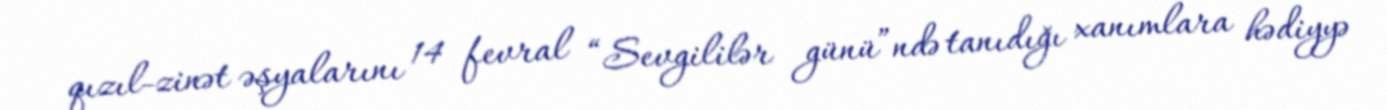
qızıl-zinət əşyalarını 14 fevral “Sevgililər günü”ndə tanıdığı xanımlara hədiyyə